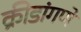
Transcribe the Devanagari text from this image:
क्रीडांगणे